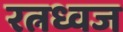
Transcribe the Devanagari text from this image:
रत्नध्वज